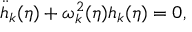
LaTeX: { \ddot { h } } _ { k } ( \eta ) + \omega _ { k } ^ { 2 } ( \eta ) h _ { k } ( \eta ) = 0 ,